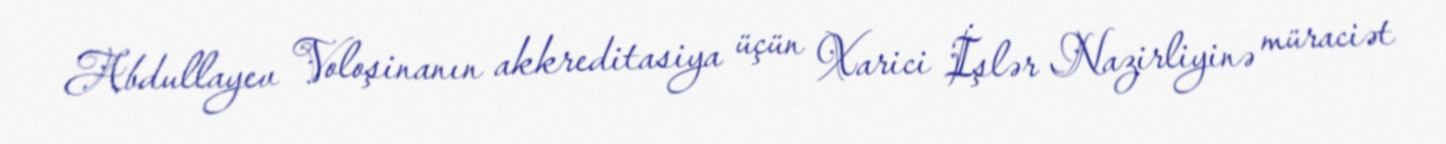
Abdullayev Voloşinanın akkreditasiya üçün Xarici İşlər Nazirliyinə müraciət